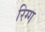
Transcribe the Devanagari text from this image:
रिग्ग